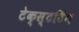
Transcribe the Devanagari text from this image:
टेक्स्टटिंग